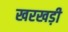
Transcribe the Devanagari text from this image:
खरखड़ी